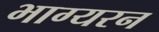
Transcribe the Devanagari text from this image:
भाग्यरन